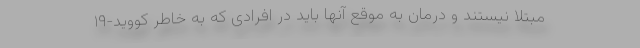
مبتلا نیستند و درمان به موقع آنها باید در افرادی که به خاطر کووید-۱۹